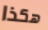
هكذا